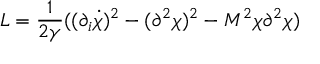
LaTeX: { \cal L } = \frac { 1 } { 2 \gamma } ( ( \partial _ { i } \dot { \chi } ) ^ { 2 } - ( \partial ^ { 2 } \chi ) ^ { 2 } - M ^ { 2 } \chi \partial ^ { 2 } \chi )